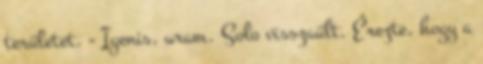
területet. - Igenis, uram. Solo visszaült. Érezte, hogy a